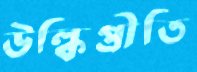
উল্কিপ্রীতি